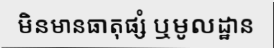
មិនមានធាតុផ្សំ ឬមូលដ្ឋាន